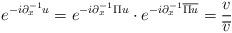
LaTeX: \begin{align*}e^{-i\partial_x^{-1} u} = e^{-i\partial_x^{-1}\Pi u} \cdot e^{- i\partial_x^{-1}\overline{\Pi u}} = \frac {v}{\overline{v}}\end{align*}